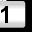
Digit: 1